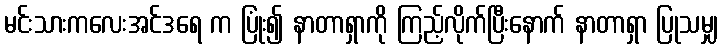
မင်းသားကလေးအင်ဒရေ က ပြုံး၍ နာတာရှာကို ကြည့်လိုက်ပြီးနောက် နာတာရှာ ပြုသမျှ